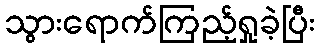
သွားရောက်ကြည့်ရှုခဲ့ပြီး